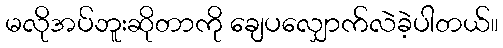
မလိုအပ်ဘူးဆိုတာကို ချေပလျှောက်လဲခဲ့ပါတယ်။